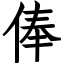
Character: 俸